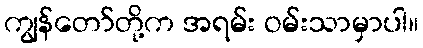
ကျွန်တော်တို့က အရမ်း ဝမ်းသာမှာပါ။